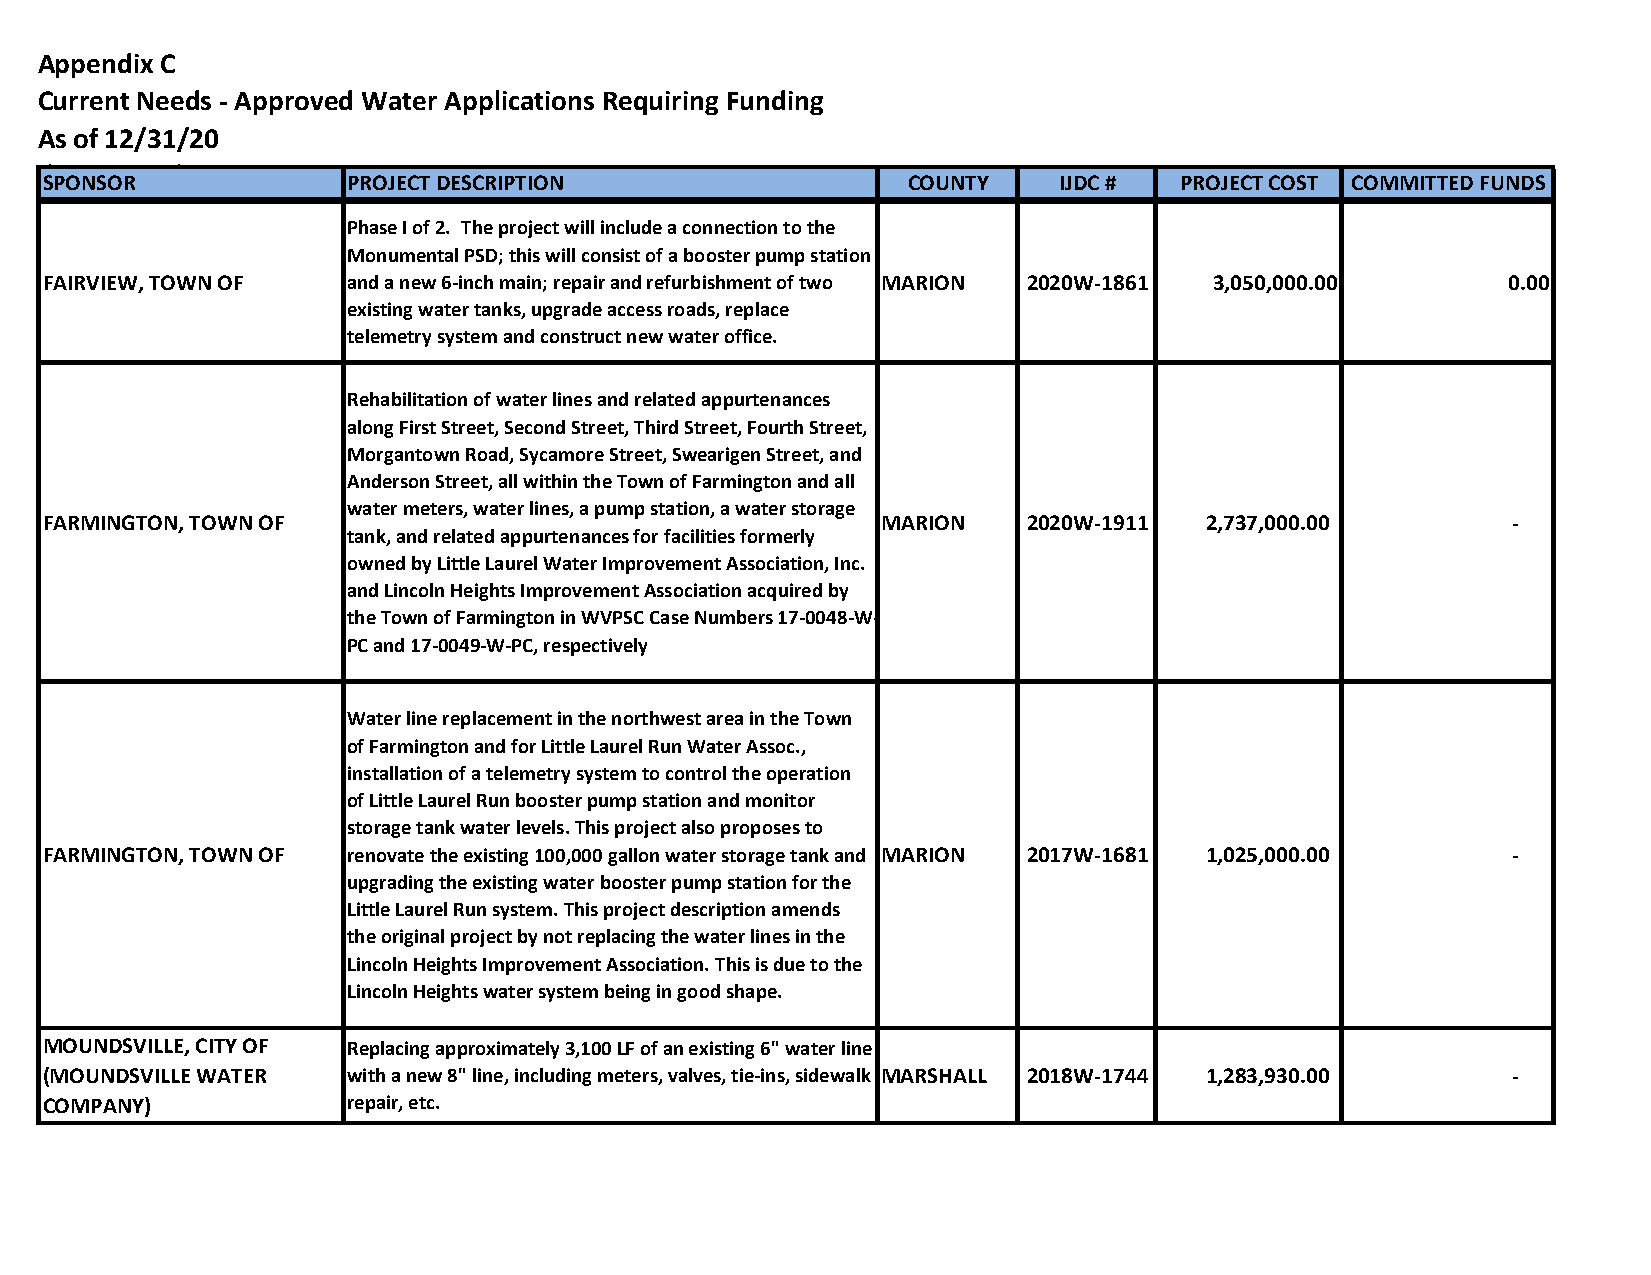
Appendix C
 Current Needs - Approved Water Applications Requiring Funding
 As of 12/31/20
 (By County)
 SPONSOR             PROJECT DESCRIPTION                  COUNTY    IJDC #  PROJECT COST COMMITTED FUNDS
 Phase I of 2. The project will include a connection to the
 Monumental PSD; this will consist of a booster pump station
 FAIRVIEW, TOWN OF   and a new 6-inch main; repair and refurbishment of two MARION 2020W-1861 3,050,000.00 0.00
 existing water tanks, upgrade access roads, replace
 telemetry system and construct new water office.
 Rehabilitation of water lines and related appurtenances
 along First Street, Second Street, Third Street, Fourth Street,
 Morgantown Road, Sycamore Street, Swearigen Street, and
 Anderson Street, all within the Town of Farmington and all
 water meters, water lines, a pump station, a water storage
 FARMINGTON, TOWN OF                                    MARION    2020W-1911  2 ,737,000.00       -
 tank, and related appurtenances for facilities formerly
 owned by Little Laurel Water Improvement Association, Inc.
 and Lincoln Heights Improvement Association acquired by
 the Town of Farmington in WVPSC Case Numbers 17-0048-W-
 PC and 17-0049-W-PC, respectively
 Water line replacement in the northwest area in the Town
 of Farmington and for Little Laurel Run Water Assoc.,
 installation of a telemetry system to control the operation
 of Little Laurel Run booster pump station and monitor
 storage tank water levels. This project also proposes to
 FARMINGTON, TOWN OF renovate the existing 100,000 gallon water storage tank and MARION 2017W-1681 1 ,025,000.00 -
 upgrading the existing water booster pump station for the
 Little Laurel Run system. This project description amends
 the original project by not replacing the water lines in the
 Lincoln Heights Improvement Association. This is due to the
 Lincoln Heights water system being in good shape.
 MOUNDSVILLE, CITY OF Replacing approximately 3,100 LF of an existing 6" water line
 (MOUNDSVILLE WATER  with a new 8" line, including meters, valves, tie-ins, sidewalk MARSHALL 2018W-1744 1,283,930.00 -
 COMPANY)            repair, etc.